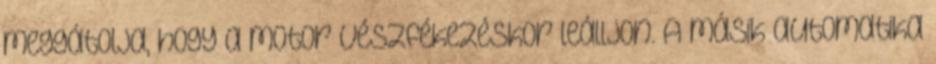
meggátolja, hogy a motor vészfékezéskor leálljon. A másik automatika